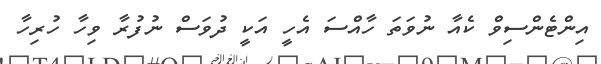
އިންޓެންސިވް ކެއާ ނުވަތަ ހާއްސަ އެހީ އަކީ ދުވަސް ނުފުރާ ވިހާ ހުރިހާ